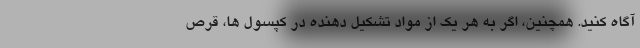
آگاه کنید. همچنین، اگر به هر یک از مواد تشکیل دهنده در کپسول ها، قرص